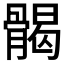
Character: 𩩲